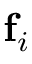
\mathbf { f } _ { i }